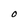
Character: O